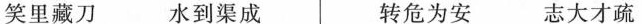
笑里藏刀 水到渠成 转危为安 志大才疏